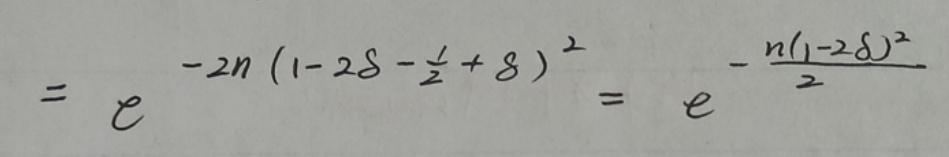
\[
= e^{-2n\left(1 - 2\delta-\frac{1}{2}+\delta\right)^2}=e^{-\frac{n(1 - 2\delta)^2}{2}}
\]